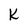
Character: k